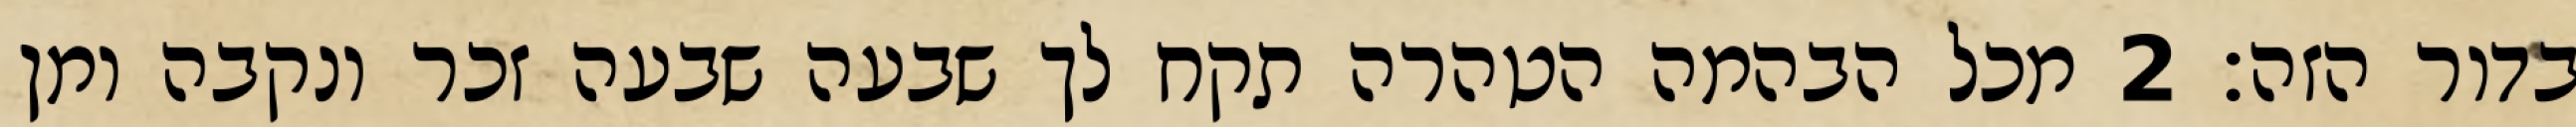
בדור הזה׃ ‎2‏ מכל הבהמה הטהרה תקח לך שבעה שבעה זכר ונקבה ומן